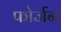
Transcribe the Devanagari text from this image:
फोर्जन